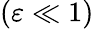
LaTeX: (\varepsilon\ll 1)